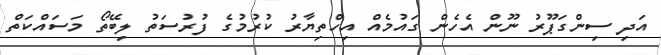
އަދި ސިންގަޕޫރު ނޫން އެހެން ގައުމެއް އިހްތިޔާރު ކުރުމުގެ ފުރުސަތު ލިބޭތޯ މަަސައްކަތް